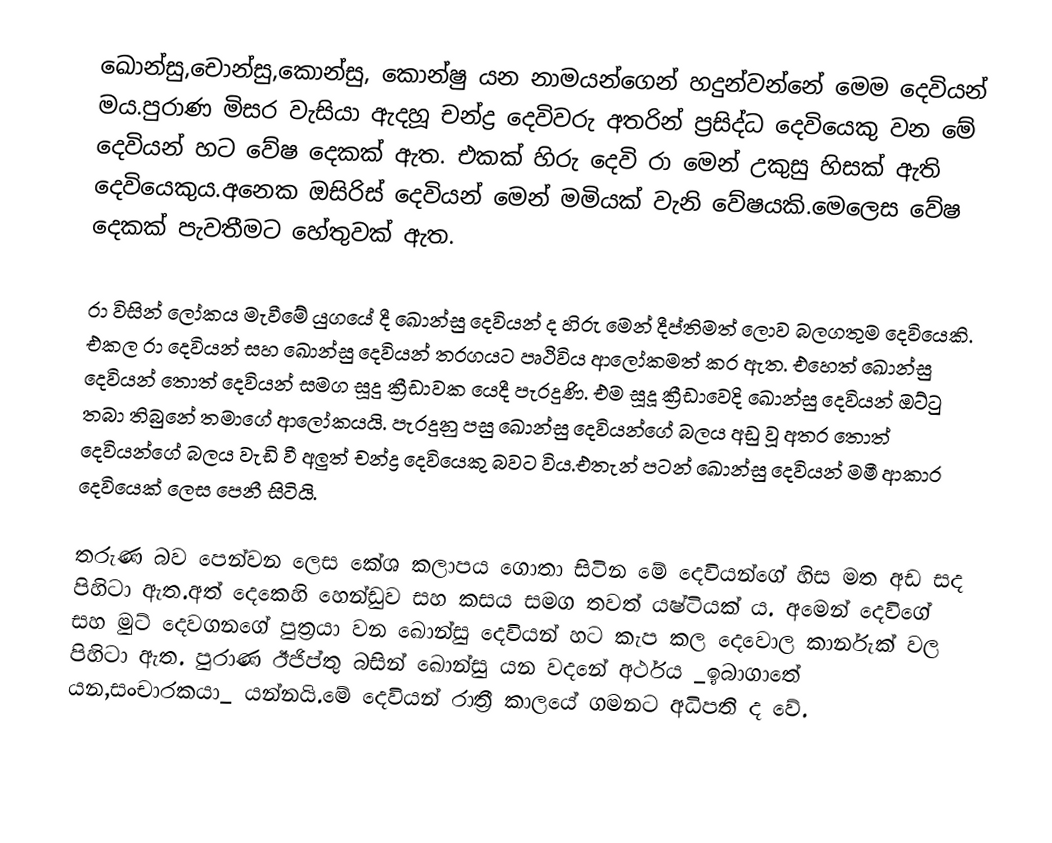
ඛොන්සු,චොන්සු,කොන්සු, කොන්ෂු යන නාමයන්ගෙන් හදුන්වන්නේ මෙම දෙවියන් මය.පුරාණ මිසර වැසියා ඇදහූ චන්ද්‍ර දෙවිවරු අතරින් ප්‍රසිද්ධ දෙවියෙකු වන මේ දෙවියන් හට වේෂ දෙකක් ඇත. එකක් හිරු දෙවි රා මෙන් උකුසු හිසක් ඇති දෙවියෙකුය.අනෙක ඔසිරිස් දෙවියන් මෙන් මමියක් වැනි වේෂයකි.මෙලෙස වේෂ දෙකක් පැවතීමට හේතුවක් ඇත.

රා විසින් ලෝකය මැවීමේ යුගයේ දී ඛොන්සු දෙවියන් ද හිරු මෙන් දීප්තිමත් ලොව බලගතුම දෙවියෙකි. එකල රා දෙවියන් සහ ඛොන්සු දෙවියන් තරගයට පෘථිවිය ආලෝකමත් කර ඇත. එහෙත් ඛොන්සු දෙවියන් තොත් දෙවියන් සමග සූදු ක්‍රීඩාවක යෙදී පැරදුණි. එම සූදූ ක්‍රීඩාවෙදි ඛොන්සු දෙවියන් ඔට්ටු තබා තිබුනේ තමාගේ ආලෝකයයි. පැරදුනු පසු ඛොන්සු දෙවියන්ගේ බලය අඩු වූ අතර තොත් දෙවියන්ගේ බලය වැඩි වී අලුත් චන්ද්‍ර දෙවියෙකු බවට විය.එතැන් පටන් ඛොන්සු දෙවියන් මමී ආකාර දෙවියෙක් ලෙස පෙනී සිටියි.

තරුණ බව පෙන්වන ලෙස කේශ කලාපය ගොතා සිටින මේ දෙවියන්ගේ හිස මත අඩ සද පිහිටා ඇත.අත් දෙකෙහි හෙන්ඩුව සහ කසය සමග තවත් යෂ්ටියක් ය. අමෙන් දෙවිගේ සහ මුට් දෙවගනගේ පුත්‍රයා වන ඛොන්සු දෙවියන් හට කැප කල දෙවොල කාර්නැක් වල පිහිටා ඇත. පුරාණ ඊජිප්තු බසින් ඛොන්සු යන වදනේ අර්ථය _ඉබාගාතේ යන,සංචාරකයා_ යන්නයි.මේ දෙවියන් රාත්‍රී කාලයේ ගමනට අධිපති ද වේ.